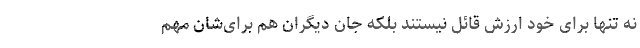
نه تنها برای خود ارزش قائل نیستند بلکه جان دیگران هم برای‌شان مهم